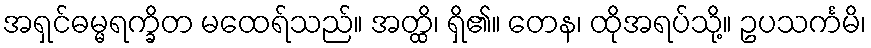
အရှင်ဓမ္မရက္ခိတ မထေရ်သည်။ အတ္ထိ၊ ရှိ၏။ တေန၊ ထိုအရပ်သို့။ ဥပသင်္ကမိ၊